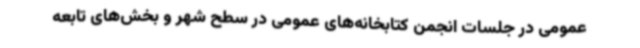
عمومی در جلسات انجمن کتابخانه‌های عمومی در سطح شهر و بخش‌های تابعه